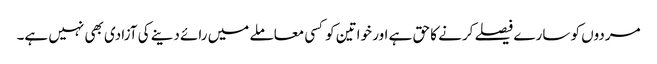
مردوں کو سارے فیصلے کرنے کا حق ہے اور خواتین کوکسی معاملے میں رائے دینے کی آزادی بھی نہیں ہے۔